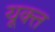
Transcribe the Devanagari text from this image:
यूक्त